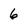
Character: 6